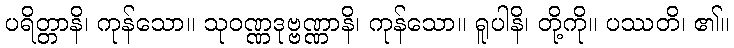
ပရိတ္တာနိ၊ ကုန်သော။ သုဝဏ္ဏဒုဗ္ဗဏ္ဏာနိ၊ ကုန်သော။ ရူပါနိ၊ တို့ကို။ ပဿတိ၊ ၏။